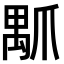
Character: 𤔝